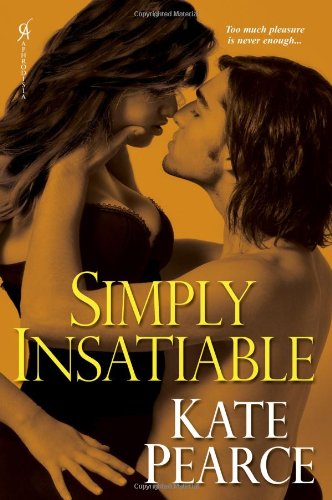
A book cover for Simply Insatiable (House of Pleasure); Kate Pearce; Romance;